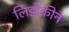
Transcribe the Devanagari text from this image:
लिडोकीन